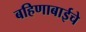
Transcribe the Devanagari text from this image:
बहिणाबाईचे